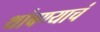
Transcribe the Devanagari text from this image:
थांबण्याचं